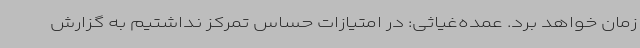
زمان خواهد برد. عمده‌غیاثی: در امتیازات حساس تمرکز نداشتیم به گزارش